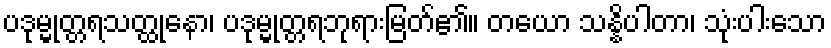
ပဒုမ္မုတ္တရသတ္ထုနော၊ ပဒုမ္မုတ္တရဘုရားမြတ်၏။ တယော သန္နိပါတာ၊ သုံးပါးသော